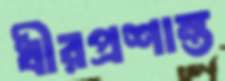
ধীরপ্রশান্ত